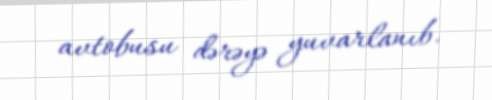
avtobusu dərəyə yuvarlanıb.